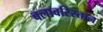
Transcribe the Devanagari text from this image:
बलावरिस्तान